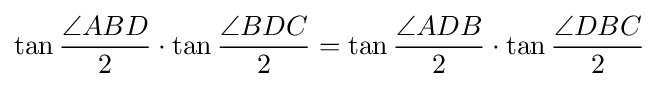
\tan {\frac {\angle ABD}{2}}\cdot \tan {\frac {\angle BDC}{2}}=\tan {\frac {\angle ADB}{2}}\cdot \tan {\frac {\angle DBC}{2}}